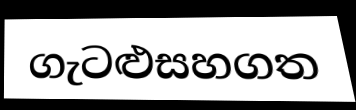
ගැටළුසහගත